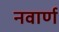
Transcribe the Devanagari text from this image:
नवार्ण